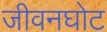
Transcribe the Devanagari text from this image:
जीवनघोट